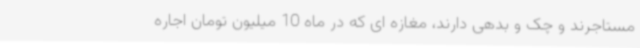
مستاجرند و چک و بدهی دارند، مغازه ای که در ماه 10 میلیون تومان اجاره